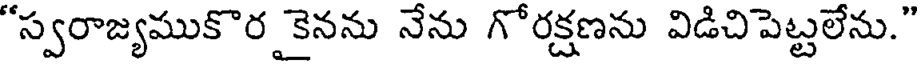
"స్వరాజ్యముకొర కైనను నేను గోరక్షణను విడిచిపెట్టలేను."